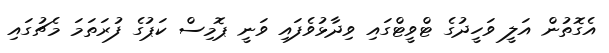
އެގޮތުން އަލީ ވަހީދުގެ ޓްވީޓްގައި ވިދާޅުވެފައި ވަނީ ޕޮމިސް ކަޕުގެ ފުރަތަމަ މެޗުގައި